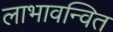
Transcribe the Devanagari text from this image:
लाभावन्वित